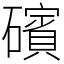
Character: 礗